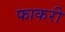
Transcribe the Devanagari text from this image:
फाकरी